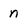
Character: n